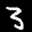
Label: 3